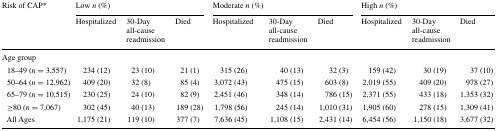
<table><thead><tr><td rowspan="2"><b>Risk of CAP*</b></td><td colspan="3"><b>Low <i>n</i> (%)</b></td><td colspan="3"><b>Moderate <i>n</i> (%)</b></td><td colspan="3"><b>High <i>n</i> (%)</b></td></tr><tr><td><b>Hospitalized</b></td><td><b>30-Day all-cause readmission</b></td><td><b>Died</b></td><td><b>Hospitalized</b></td><td><b>30-Day all-cause readmission</b></td><td><b>Died</b></td><td><b>Hospitalized</b></td><td><b>30-Day all-cause readmission</b></td><td><b>Died</b></td></tr></thead><tbody><tr><td colspan="10">Age group</td></tr><tr><td> 18–49 (<i>n</i> = 3,557)</td><td>234 (12)</td><td>23 (10)</td><td>21 (1)</td><td>315 (26)</td><td>40 (13)</td><td>32 (3)</td><td>159 (42)</td><td>30 (19)</td><td>37 (10)</td></tr><tr><td> 50–64 (<i>n</i> = 12,962)</td><td>409 (20)</td><td>32 (8)</td><td>85 (4)</td><td>3,072 (43)</td><td>475 (15)</td><td>603 (8)</td><td>2,019 (55)</td><td>409 (20)</td><td>978 (27)</td></tr><tr><td> 65–79 (<i>n</i> = 10,515)</td><td>230 (25)</td><td>24 (10)</td><td>82 (9)</td><td>2,451 (46)</td><td>348 (14)</td><td>786 (15)</td><td>2,371 (55)</td><td>433 (18)</td><td>1,353 (32)</td></tr><tr><td> ≥80 (<i>n</i> = 7,067)</td><td>302 (45)</td><td>40 (13)</td><td>189 (28)</td><td>1,798 (56)</td><td>245 (14)</td><td>1,010 (31)</td><td>1,905 (60)</td><td>278 (15)</td><td>1,309 (41)</td></tr><tr><td> All Ages</td><td>1,175 (21)</td><td>119 (10)</td><td>377 (7)</td><td>7,636 (45)</td><td>1,108 (15)</td><td>2,431 (14)</td><td>6,454 (56)</td><td>1,150 (18)</td><td>3,677 (32)</td></tr></tbody></table>